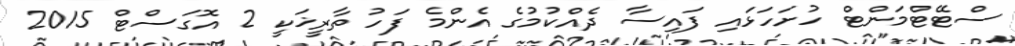
ސްޓޭޓްމަންޓް ހުށަހަޅައި ފައިސާ ދެއްކުމުގެ އެންމެ ފަހު ތާރީޚަކީ 2 އޮގަސްޓް 2015